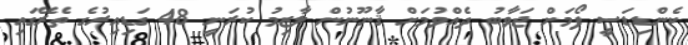
ކެންޑިޑަސީ ފޯމަށް ޖަވާބު ދެއްވުމަށް ޤާނޫނުން ލާޒިމު ކުރަނީ 48 ގަޑިއިރުގެ ތެރޭގައި